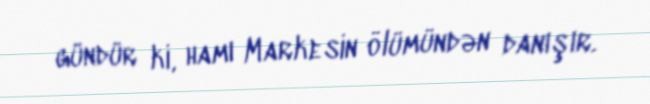
gündür ki, hamı Markesin ölümündən danışır.